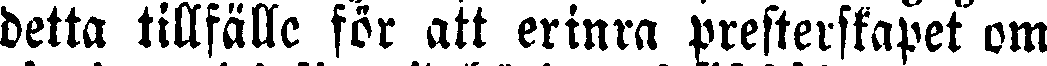
detta tillfälle för att erinra presterskapet om